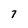
Character: 7